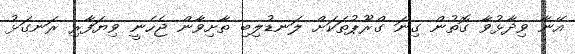
އޭނާ ވިދާޅުވާ ގޮތުން ގިނަ ގްރޫޕުތަކަށް ލަނޑުލިބި ތާށިވާން ޖެހެނީ ވިޔަފާރި ރަނގަޅު